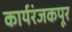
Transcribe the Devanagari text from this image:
कार्यरंजकपूर